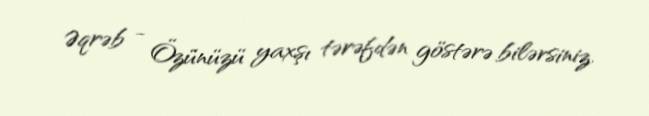
Əqrəb - Özünüzü yaxşı tərəfdən göstərə bilərsiniz.